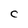
Character: C